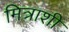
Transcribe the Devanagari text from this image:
मित्राशी